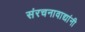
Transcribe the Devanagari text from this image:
संरचनावाद्यांनी